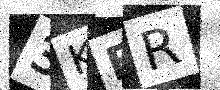
Text: 3KFR